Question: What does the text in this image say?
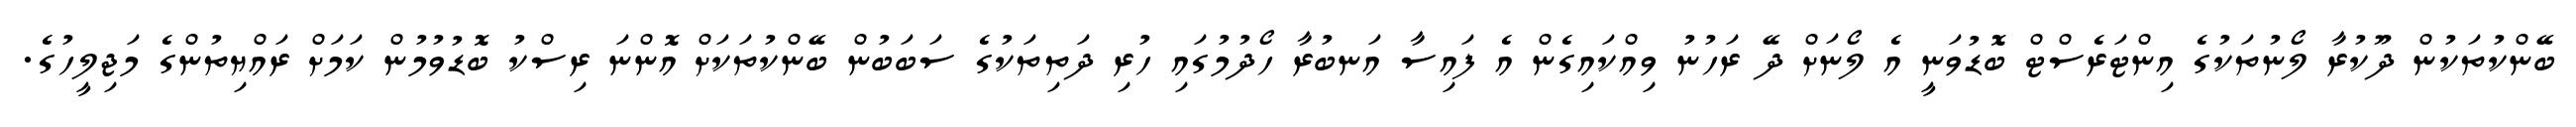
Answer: ބޭންކުތަކުން ދޫކުރާ ލޯނުތަކުގެ އިންޓަރެސްޓް ބޮޑުވަނީ އެ ލޯނަށް ދޭ ރަހުނު ވިއްކައިގެން އެ ފައިސާ އަނބުރާ ހޯދުމުގައި ހުރި ދަތިތަކުގެ ސަބަބުން ބޭންކުތަކަށް އޮންނަ ރިސްކު ބޮޑުވުމުން ކަމަށް ރައްޔިތުންގެ މަޖިލީހުގެ.